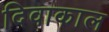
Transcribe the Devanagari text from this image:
दिवाकाल